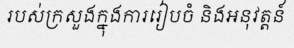
របស់ក្រសួងក្នុងការរៀបចំ និងអនុវត្តន៍